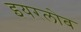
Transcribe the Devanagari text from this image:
इयरलोब